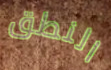
النطق